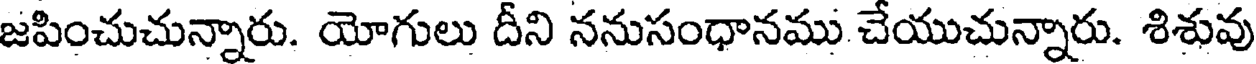
జపించుచున్నారు. యోగులు దీని ననుసంధానము చేయుచున్నారు. శిశువు